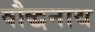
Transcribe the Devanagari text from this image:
वौद्धनाथ